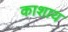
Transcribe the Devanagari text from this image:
काशाय